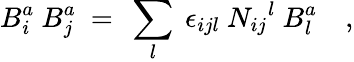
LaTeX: {B}_{i}^{a}\ {B}_{j}^{a}\ =\ \sum_{l}\ \epsilon_{ijl}\ {N_{ij}}^{l}\ {B}_{l}^{a}\quad,